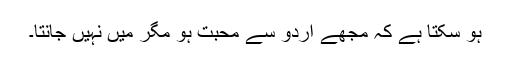
ہو سکتا ہے کہ مجھے اردو سے محبت ہو مگر میں نہیں جانتا۔